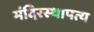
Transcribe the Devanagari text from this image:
मंदिरस्थापत्य